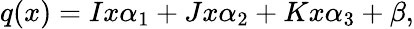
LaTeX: q(x)=Ix\alpha_{1}+Jx\alpha_{2}+Kx\alpha_{3}+\beta,